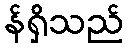
န်ရှိသည်